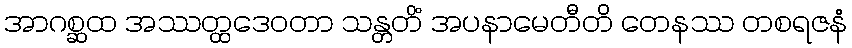
အာဂစ္ဆထ အဿတ္ထဒေဝတာ သန္တတိံ အပနာမေတီတိ တေနဿ တစရဇနံ